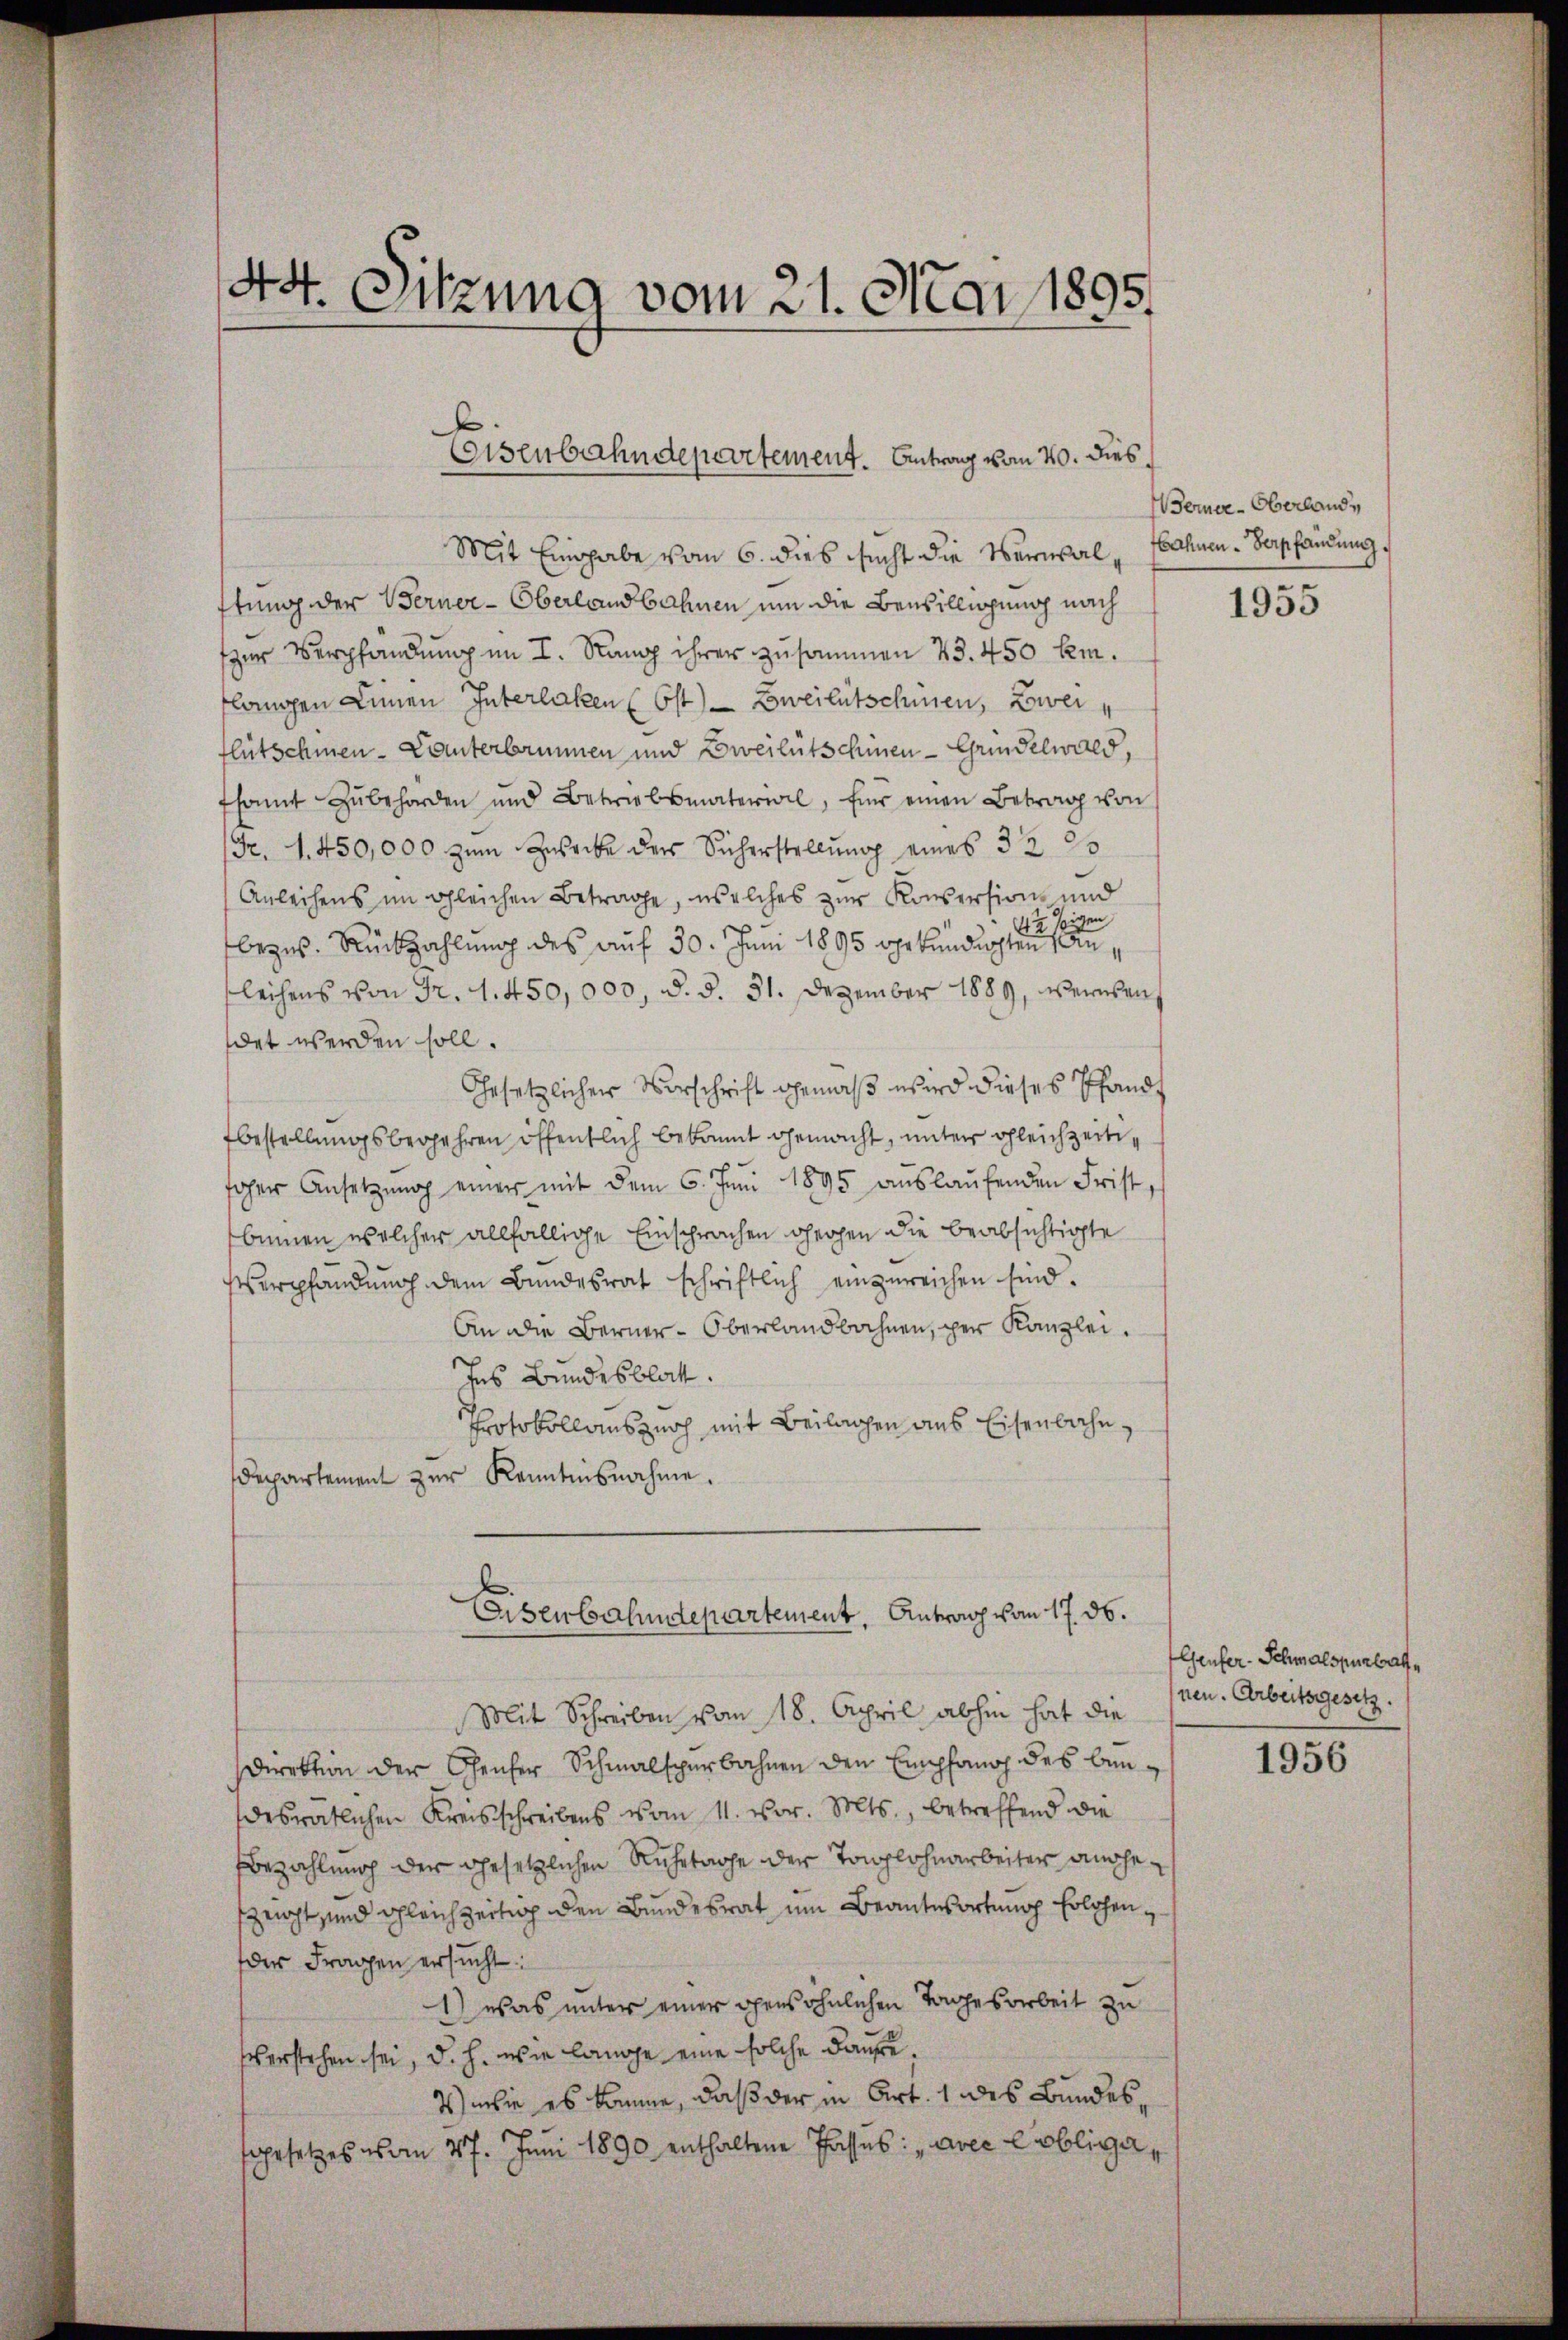
Mit Eingabe vom 6. dies sucht die Verwalftung der Berner-Oberlandbahnen um die Bewilligung nach
zur Verpfändung im I. Rang ihrer zusammen 23. 450 km.
flangen Linien Interlaken (Ost) Zweiletschien, Zwei
flütschinen - Lanterbrunnen und Zweilütschien - Grindelwald,
tsamt zŭbehörden und Betriebsmaterwil, für einen Betrag von
Fr. 1. 450,000 zum Zwecke der Sicherstellung eines 32 25
Anleihens im gleichen Betrage, welches zur Konsersion und
äsigen
bezus. Rückzahlung des auf 30. Juni 1895 vrkundigten Anleihens von Fr. 1. 450,000, d. d. 31. Dezember 1889, wennsen
det werden soll.
Gesetzlicher Vorschrift gemäß wird dieses Pfand,
bestellungsbegehren öffentlich bekannt gemacht, unter gleichzeitioher Ansetzŭng einer mit dem 6. Juni 1895 aŭslaŭfenden Frist,
binnen welcher allfällige Einsprachen gegen die beabsichtigte
Verpfändung dem Bundesrat schriftlich einzureichen sind.
An die Berner-Oberlandbahnen, per Kanzlei.
Jes Bundesblatt.
Protokollauszuoch mit Beilagen aus Eisenbahn,
departement zur Kenntnisnahme.
Eisenbahndepartement. Antrag vom 17. ds.
Mit Schreiben vom 18. April abhin hat die
direktion der Gener Schmalsperbahnen den Empfang des bendesratlichen Kreisschreibens vom 11. vor. Mts., betreffend die
Bezahlung der gesetzlichen Ruhetage der Tonglohnarbeiter angeszeicht sind gleichzeitig den Bundesrat um Beantwortung Erlehen,
der Fragen ersŭcht:
1) was unter einer persöhnlichen Tagesarbeit zu
sverstehen sei, d. h. wie lange eine solche Kaufe.
V wie es komme, daß der in Art. 1 des Bundessgesetzes vom 27. Juni 1890 enthaltene Passus: „avec lobliga

.
44. Sitzung vom 21. Mai 1895

Eisenbahndepartement. Antrag vom 20. dies

Werner-Oberland,
Bahnen Verpfändung.

1955

Genfer-Schmalspurlat,
nen. Arbeitsgesetz.

1956